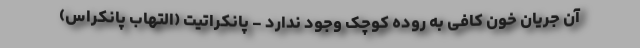
آن جریان خون کافی به روده کوچک وجود ندارد - پانکراتیت (التهاب پانکراس)